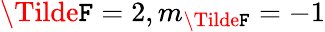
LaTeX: \Tilde{\mathtt{F}}=2,m_{\Tilde{\mathtt{F}}}=-1